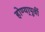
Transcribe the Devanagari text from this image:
होण्या्पूर्वी